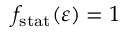
f _ { \mathrm { s t a t } } ( \varepsilon ) = 1